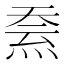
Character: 𱫒